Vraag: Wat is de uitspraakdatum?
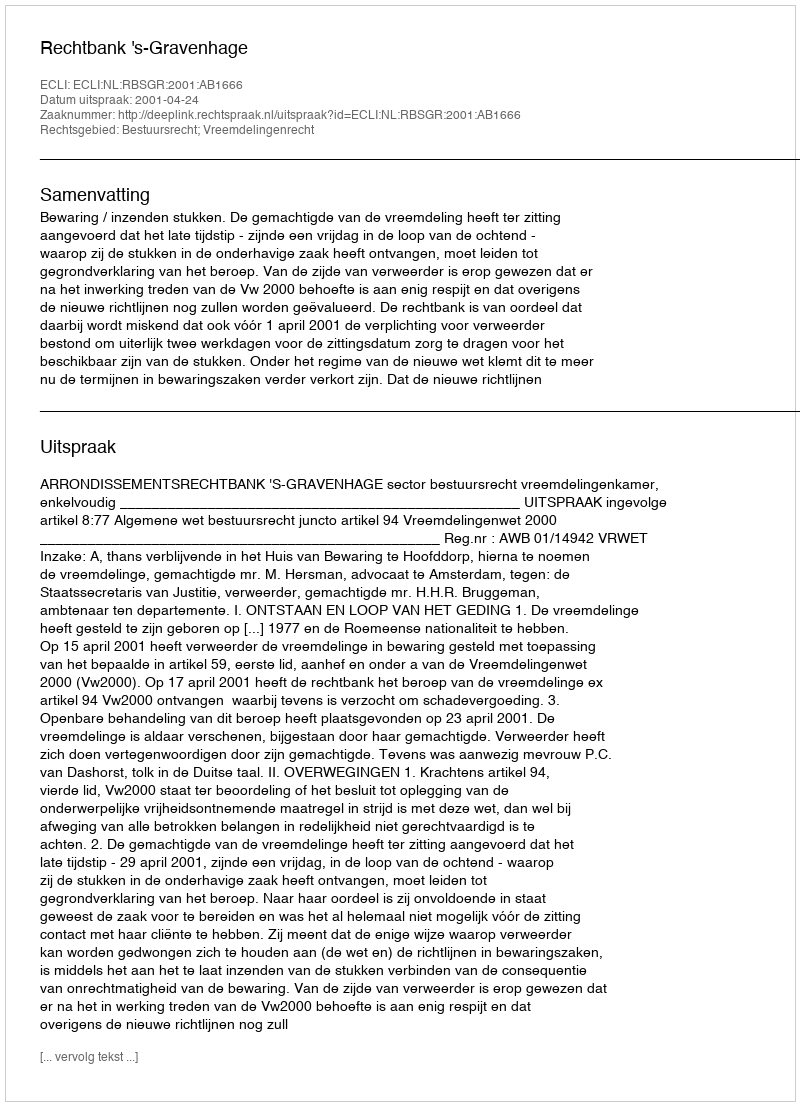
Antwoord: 2001-04-24